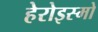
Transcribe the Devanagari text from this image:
हेरोइस्मो